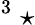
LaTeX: ^3\; \star